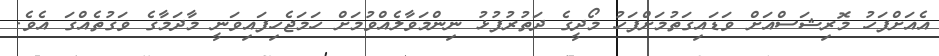
އެއަށްފަހު މޮރިޝަސްއަށް ވަޑައިގަތުމަށްފަހު މޯދީގެ ދަތުރުފުޅު ނިންމަވާލެއްވުމަށް ހަމަޖެހިފައިވަނީ މާދަމާގެ ވަގުތެއްގަ އެވެ.